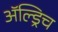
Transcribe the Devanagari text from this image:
ॲल्ड्रिच